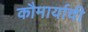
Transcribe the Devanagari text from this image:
कौमार्याची